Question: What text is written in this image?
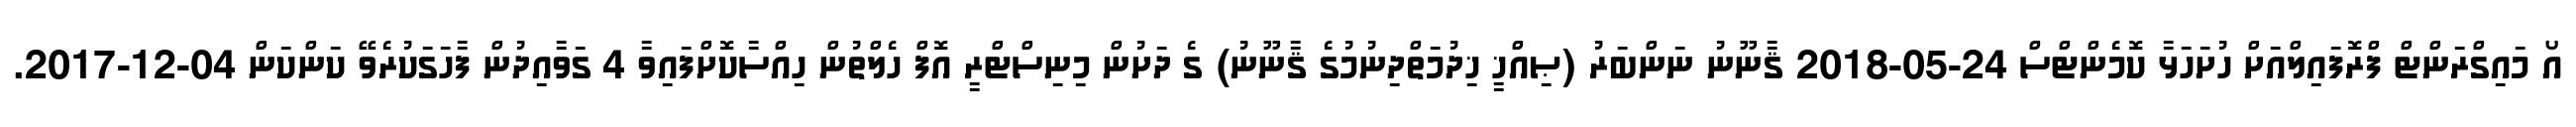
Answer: އޯ މައިގްރަންޓް ފްރޮފައިލްއަށް ހުށަހަޅާ ކޮމެންޓްސް 24-05-2018 ޤާނޫނު ނަންބަރު (ޞިއްޚީ ޚިދުމަތްދިނުމުގެ ޤާނޫނު) ގެ ދަށުން މިނިސްޓްރީ އޮފް ހެލްތުން ހިއްސާކޮށްފައިވާ 4 ގަވާއިދުން ފާހަގަކުރެވޭ ކަންކަން 04-12-2017.